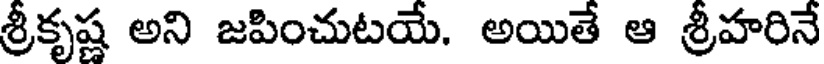
శ్రీకృష్ణ అని జపించుటయే. అయితే ఆ శ్రీహరినే